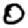
Digit: 0